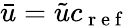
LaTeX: \bar{u}=\tilde{u}c_{\mathrm{~r~e~f~}}